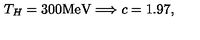
T _ { H } = 3 0 0 \mathrm { M e V } \Longrightarrow c = 1 . 9 7 ,